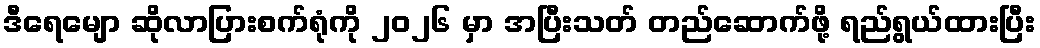
ဒီရေမျော ဆိုလာပြားစက်ရုံကို ၂၀၂၆ မှာ အပြီးသတ် တည်ဆောက်ဖို့ ရည်ရွယ်ထားပြီး